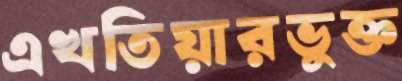
এখতিয়ারভুক্ত